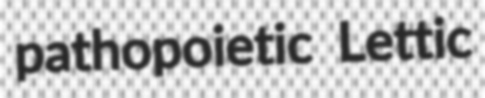
pathopoietic Lettic